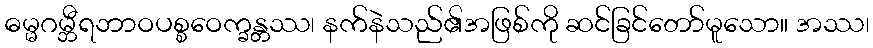
ဓမ္မဂမ္ဘီရဘာဝပစ္စဝေက္ခန္တဿ၊ နက်နဲသည်၏အဖြစ်ကို ဆင်ခြင်တော်မူသော။ အဿ၊